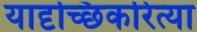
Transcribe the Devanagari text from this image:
यादृच्छिकरित्या